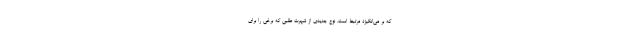
که بر می‌انگیزد مرتبط است. نوع جدیدی از شهرت طلبی که برخی را برای